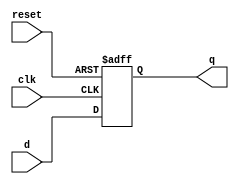
module d_ff(q,d,clk,reset);
  input clk,d,reset;
  output q;
  reg q;
  
  always @(posedge clk or negedge reset)
  begin
    if(!reset)
      q<=1'b0;
    else
      q<=d;
  end
endmodule